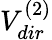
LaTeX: V_{dir}^{(2)}